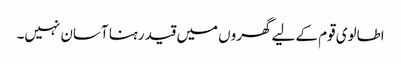
اطالوی قوم کے لیے گھروں میں قید رہنا آسان نہیں۔